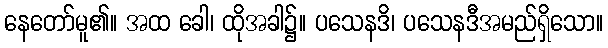
နေတော်မူ၏။ အထ ခေါ၊ ထိုအခါ၌။ ပသေနဒိ၊ ပသေနဒီအမည်ရှိသော။